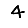
Digit: 4